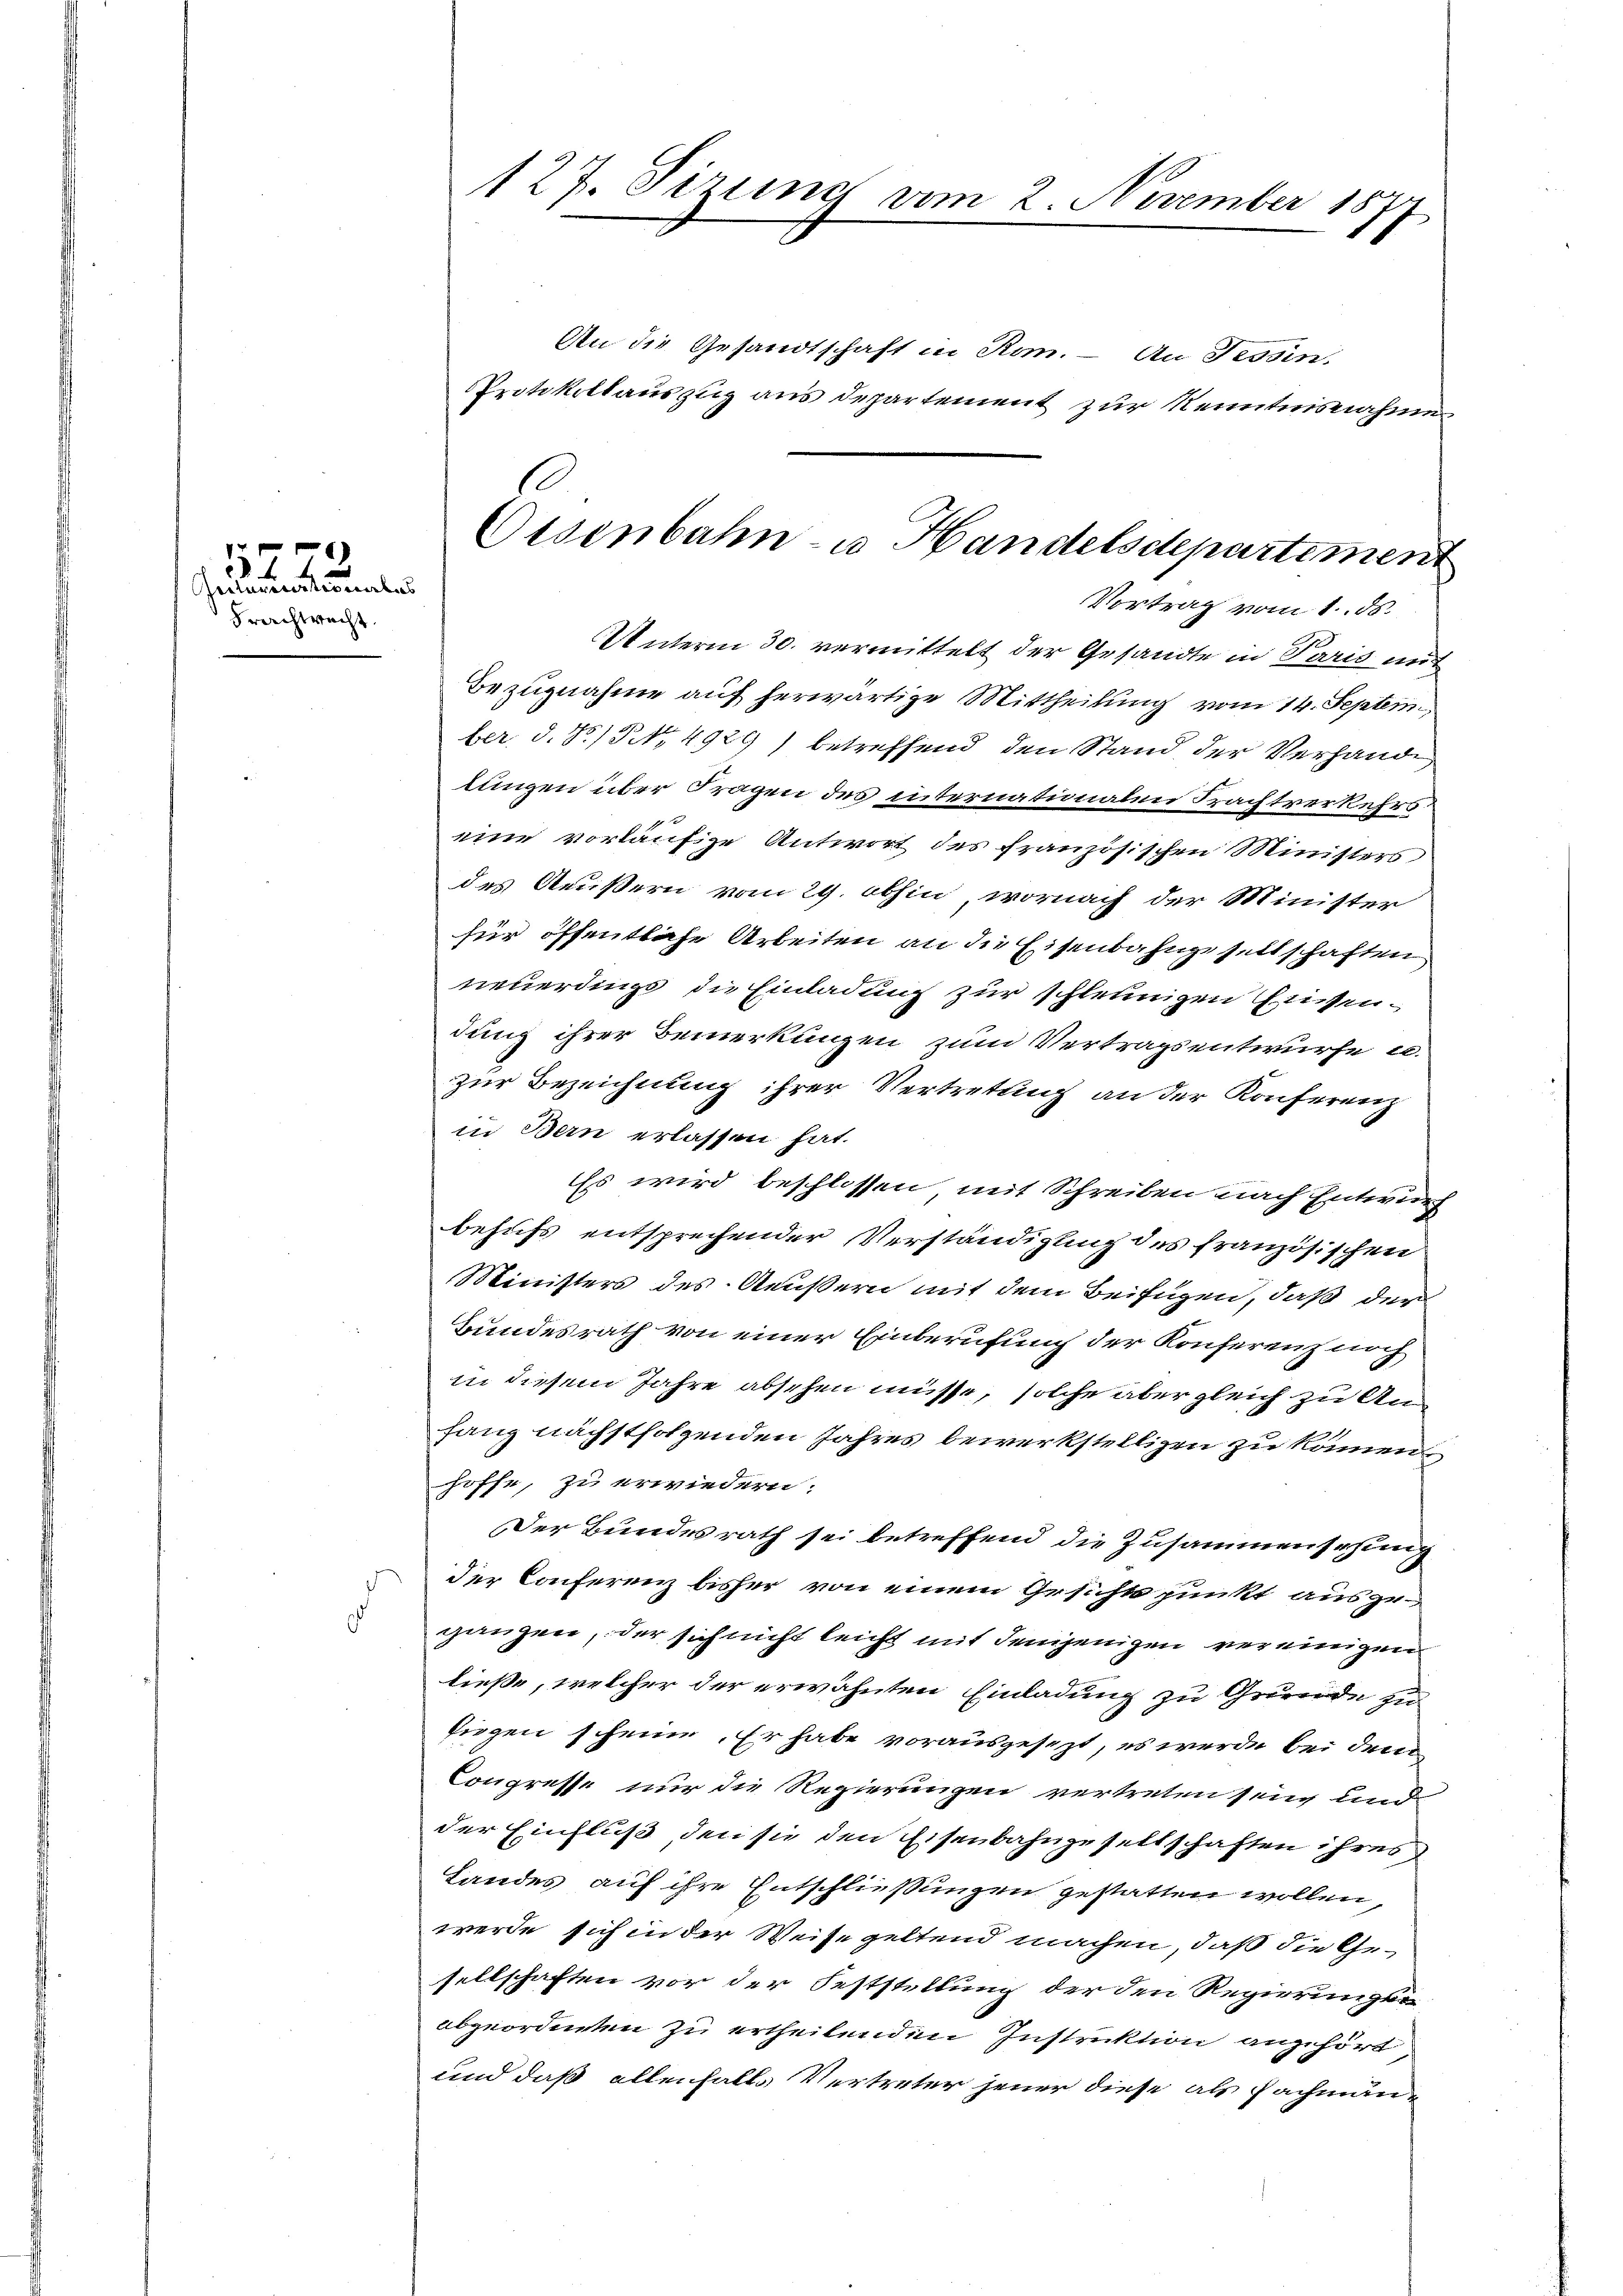
1
u
Frachtrecht.

d

127. Tizine vom 2. November 1877

An die Gesandtschaft in Rom. – An Tessin,
Protokollauszug aus departement zur Kenntnisnahme

Osenbahn- u. Handelsdepartiment
Vortrag vom 1. ds.

Unterm 30. vermittelt der Gesandte in Paris mit
Bezugnahme auf herwärtige Mittheilung vom 14. Septem
ber. d. R./ NNo. 4929) betreffend den Stand der Verhande
lungen über Fragen des internationalen Frachtverkehrseine vorläufige Antwort des französischen Ministers
des Aeußern vom 29. abhin, wornach der Minister
für öffentliche Arbeiten an die Eisenbahngeseitschaften
neuerdings die Einladung zur schleunigen müssendung ihrer Bemerkungen zum Vertragsentwurfe u.
zur Bezeichnung ihrer Vertretung an der Konferenz
in Bern erlassen hat.
Es wird beschlossen mit Schreiben nach Entwurf
behufs entsprechender Verständigung des französischen
Ministers des Aeußern mit dem Beifügen, daß der
Bundesrath von einer Einberufung der Konferenz noch
in diesem Jahre absehen müsse, solche aber gleich zu Anhang nächstfolgenden Jahres bewerkstelligen zu können.
hoffe, zu erwiedern.
Der Bundesrath sei betreffend die Zusammensehunder Conferenz bisher von einem Gesichtspunkt ausgeganzen, der sich nicht leicht mit denjenigen vereinigen
ließe, welcher der erwähnten Einladung zu Grunde zu
siegen scheine. Er habe vorausgesezt, es werde bei dem
Congresse nur die Regierungen vertreten sein und
der Einfluß, den sie den Eisenbahngesellschaften ihres
Landes auf ihre Entschließungen gestatten wollen,
werde sich in der Weise geltend machen, daß die Gesellschaften vor der Feststellung der den Regierungen
abgeordneten zu ertheilenden Instruktion angehört
und daß allenfalls Vertreter jener diese als Fachmän¬